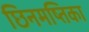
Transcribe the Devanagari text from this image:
छिनमष्तिका